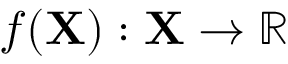
f ( \mathbf { X } ) : \mathbf { X } \to \mathbb { R }